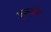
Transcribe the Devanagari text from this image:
फूलवरी